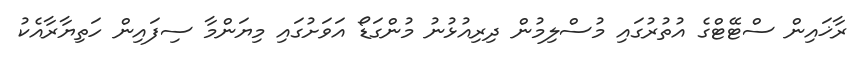
ރާޚައިން ސްޓޭޓްގެ އުތުރުގައި މުސްލިމުން ދިރިއުޅުނު މުންގަޑޯ އަވަށުގައި މިޔަންމާ ސިފައިން ހަތިޔާރާއެކު